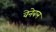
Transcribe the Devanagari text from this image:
वेनेबल